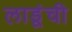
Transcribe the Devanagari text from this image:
लाडूंची